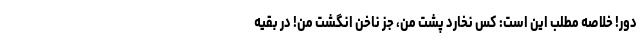
دور! خلاصه مطلب این است: کس نخارد پشت من، جز ناخن انگشت من! در بقیه